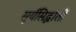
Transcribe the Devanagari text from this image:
सूर्यसिद्धांतों